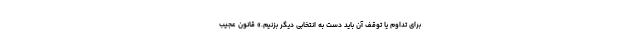
برای تداوم یا توقف آن باید دست به انتخابی دیگر بزنیم.» قانون عجیب